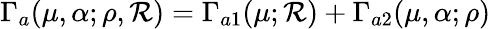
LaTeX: \Gamma_{a}(\mu,\alpha;\rho,{\cal R})=\Gamma_{a1}(\mu;{\cal R})+\Gamma_{a2}(\mu,\alpha;\rho)